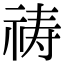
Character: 祷